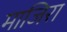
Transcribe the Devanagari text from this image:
माजिरा